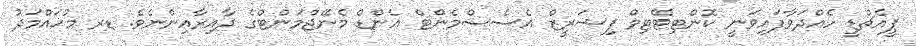
ޕީއެޗްޑީ ހެއްދަވާފައިވަނީ ކޮންޓިޓޭޓިވް ފިޝަރީޒް އެސެސްމެންޓް އެންޑް މެނޭޖްމަންޓްގެ ދާއިރާއިންނެވެ. ޑރ މުޙައްމަދު